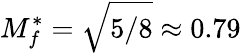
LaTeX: M_{f}^{\ast}=\sqrt{5/8}\approx 0.79